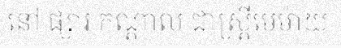
នៅ ផ្សារ កណ្តាល ជាស្ត្រីមេម៉ាយ